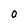
Character: O